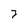
Character: 3